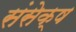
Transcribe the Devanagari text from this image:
संसेक्ष